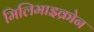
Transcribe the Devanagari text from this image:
मिलिमाइक्रोन